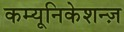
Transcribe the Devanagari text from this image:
कम्यूनिकेशन्ज़